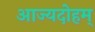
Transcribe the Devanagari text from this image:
आज्यदोहम्